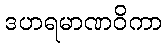
ဒဟရမာဏဝိကာ